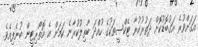
އަގަށްވުރެ އަގުބޮޑުކޮށް ދަތުރުކުރާ ޓެކްސީތަކުގެ ހުއްދަ ބާތިލުކުރާނެ ކަމަށް އެ އޮތޯރިޓީން ބުނެފިއެވެ.